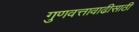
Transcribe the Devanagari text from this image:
गुणवत्तावाढीसाठी